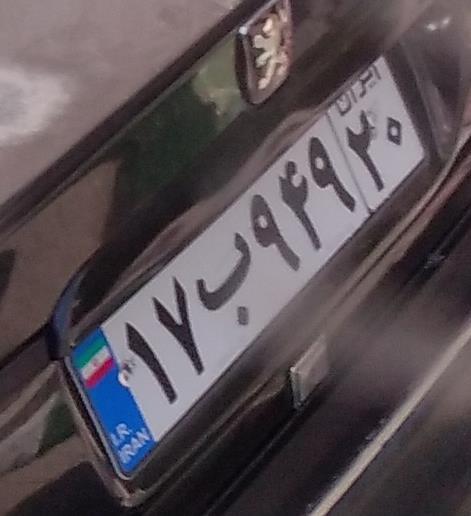
۱۷ب۹۴۹۲۰